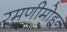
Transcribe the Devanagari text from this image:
रमणीमोहन